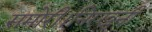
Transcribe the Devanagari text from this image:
समोरी।निरखुनी